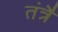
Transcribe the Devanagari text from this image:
तंत्रै